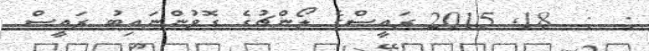
:  :  18